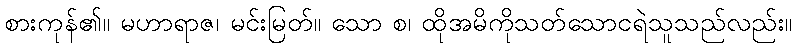
စားကုန်၏။ မဟာရာဇ၊ မင်းမြတ်။ သော စ၊ ထိုအမိကိုသတ်သောငရဲသူသည်လည်း။